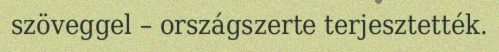
szöveggel – országszerte terjesztették.